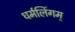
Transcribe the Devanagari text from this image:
धर्मलिंगम्